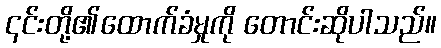
၎င်းတို့၏ထောက်ခံမှုကို တောင်းဆိုပါသည်။